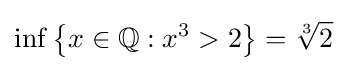
\inf \left\{x\in \mathbb {Q} :x^{3}>2\right\}={\sqrt[{3}]{2}}